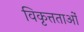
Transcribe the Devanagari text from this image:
विकृत्तताओं